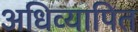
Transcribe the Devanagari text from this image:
अधिव्यापित